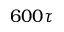
6 0 0 \tau